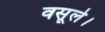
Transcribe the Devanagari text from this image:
वसूले।